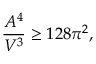
\frac { A ^ { 4 } } { V ^ { 3 } } \ge 1 2 8 \pi ^ { 2 } ,